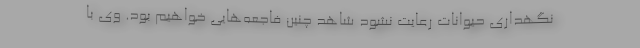
نگهداری حیوانات رعایت نشود شاهد چنین فاجعه‌هایی خواهیم بود. وی با